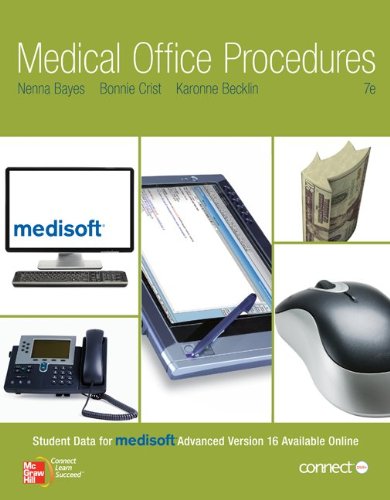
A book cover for Medical Office Procedures; Nenna Bayes; Medical Books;